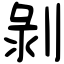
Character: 剝